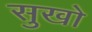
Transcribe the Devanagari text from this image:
सुखो